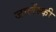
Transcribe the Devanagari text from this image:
जालेंस्की